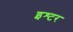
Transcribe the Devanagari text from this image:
इश्टर